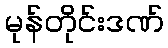
မုန်တိုင်းဒဏ်